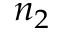
n _ { 2 }